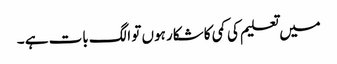
میں تعلیم کی کمی کا شکار ہوں تو الگ بات ہے ۔